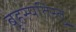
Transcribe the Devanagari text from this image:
बृहस्पतिस्तु